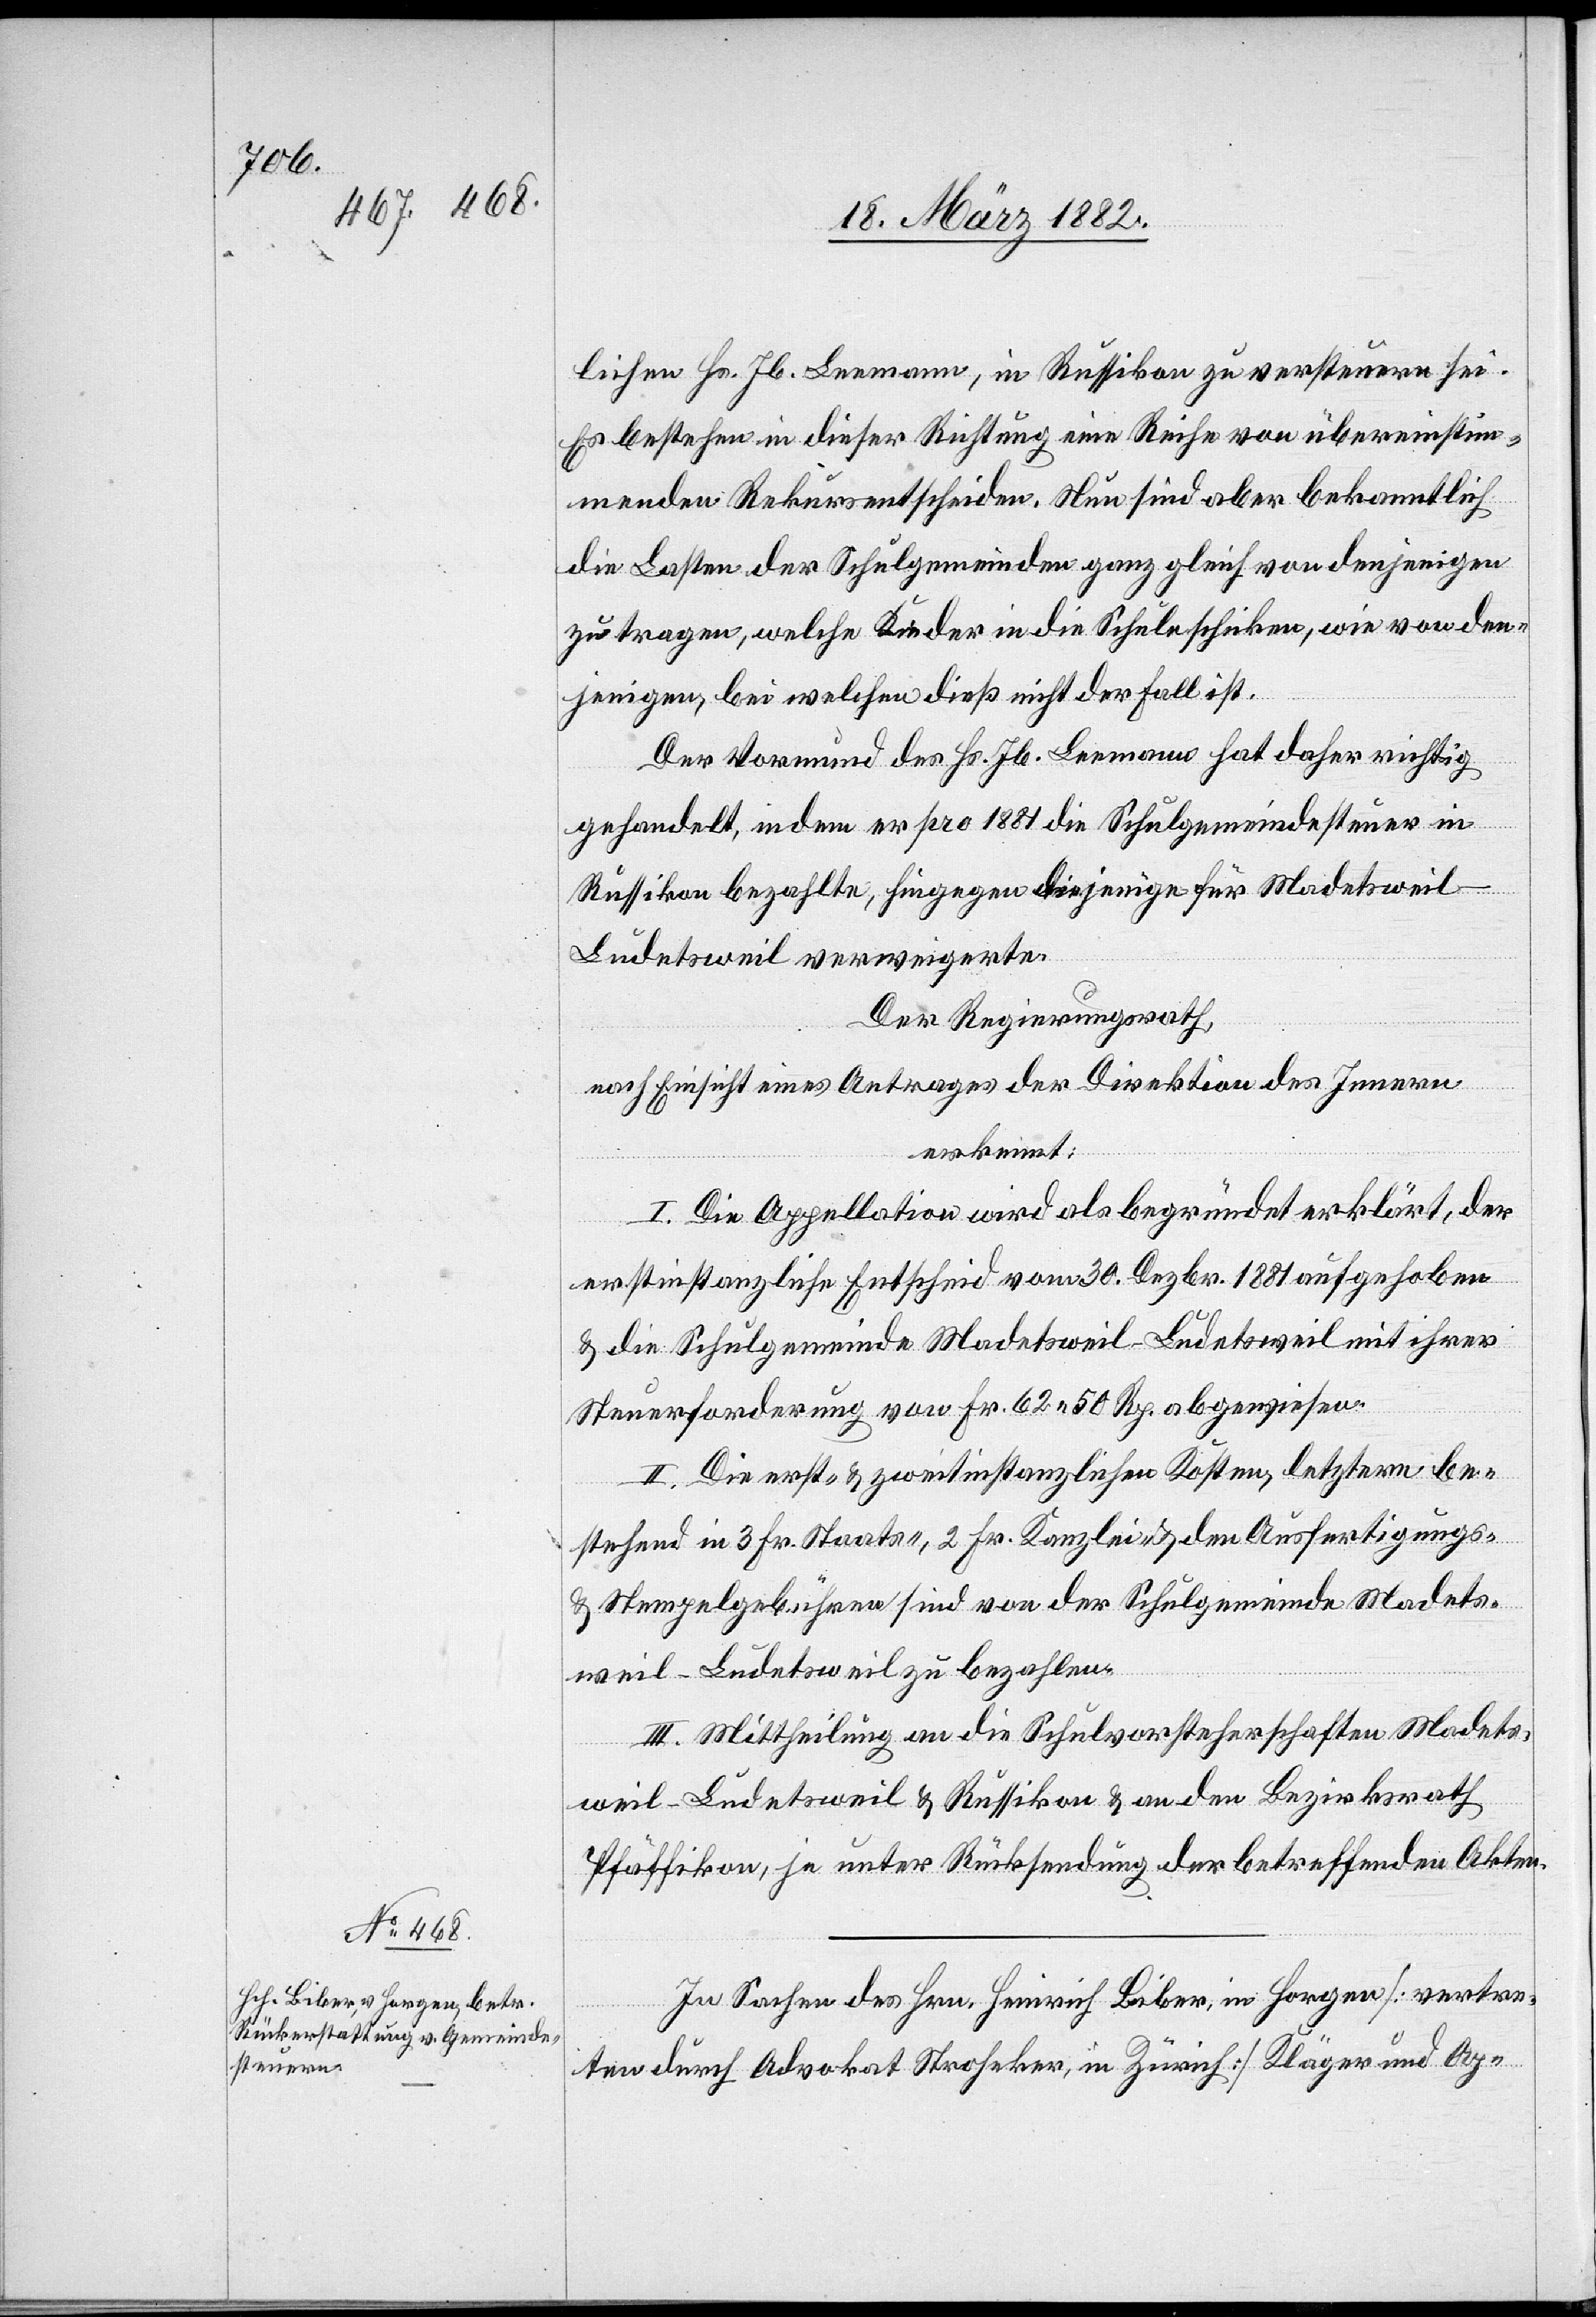
lichen Hs. Jb. Leemann, in Russikon zu versteuern sei.
Es bestehe in dieser Richtung eine Reihe von übereinstim¬
menden Rekursentscheiden. Nun sind aber bekanntlich
die Lasten der Schulgemeinden ganz gleich von denjenigen
zu tragen, welche Kinder in die Schule schicken, wie von den¬
jenigen, bei welchen dieß nicht der Fall ist.
Der Vormund des Hs. Jb. Leemann hat daher richtig
gehandelt, in dem er pro 1881 die Schulgemeindesteuer in
Russikon bezahlte, hingegen diejenige für Madetsweil-L¬
udetsweil verweigerte.
Der Regierungsrath,
nach Einsicht eines Antrages der Direktion des Innern,
erkennt:
I. Die Appellation wird als begründet erklärt, der
erstinstanzliche Entscheid vom 30. Dezbr. 1881 aufgehoben
& die Schulgemeinde Madetsweil-Ludetsweil mit ihrer
Steuerforderung von Fr. 62 50 Rp. abgewiesen.
II. Die erst- & zweitinstanzlichen Kosten, letztere be¬
stehend in 3 Fr. Staats-, 2 Fr. Kanzlei- & den Ausfertigungs-
& Stempelgebühren sind von der Schulgemeinde Madets¬
weil-Ludetsweil zu bezahlen.
III. Mittheilung an die Schulvorsteherschaften Madets¬
weil-Ludetsweil & Russikon & an den Bezirksrath
Pfäffikon, je unter Rücksendung der betreffenden Akten.
In Sachen des Hrn. Heinrich Biber, in Horgen [vertre¬
ten durch Advokat Stroheker, in Zürich] Kläger und Ap-